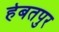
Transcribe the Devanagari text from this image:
हेबतपुर